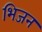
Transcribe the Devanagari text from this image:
भिजन